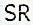
SR